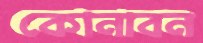
কোনাবন